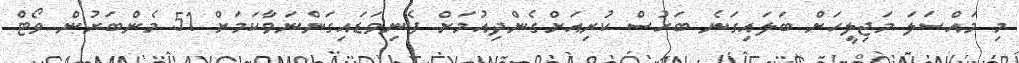
މި މައްސަލަ މަޖިލީހަށް ބަލައިގަނެ ބަހުސް ކުރިއަށްގެންދިއުމަށް ފެނިވަޑައިގަންނަވާކަމަށް 51 މެންބަރުން ވޯޓް